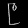
Digit: ၉